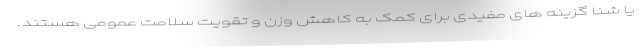
یا شنا گزینه های مفیدی برای کمک به کاهش وزن و تقویت سلامت عمومی هستند.